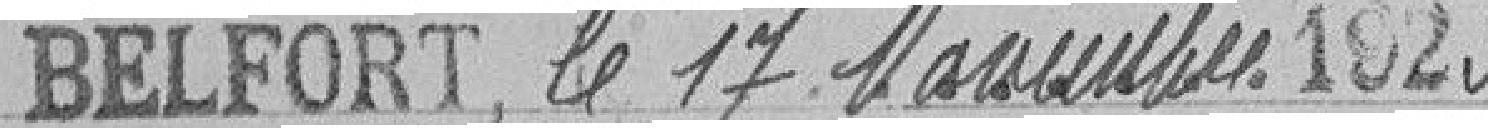
Belfort le 17 Novembre 1923